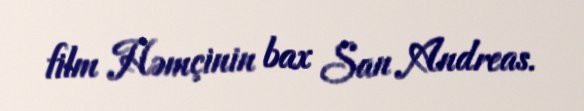
film Həmçinin bax San Andreas.